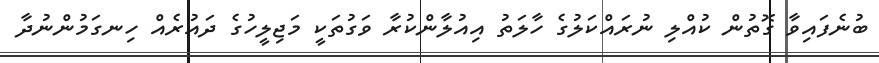
ބުނެފައިވާ ގޮތުން ކުއްލި ނުރައްކަލުގެ ހާލަތު އިއުލާންކުރާ ވަގުތަކީ މަޖިލީހުގެ ދައުރެއް ހިނގަމުންނުދާ